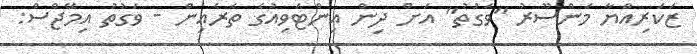
ޒަކަރިއްޔާ މަންސޫރު "ވަގުތު" އަށް ދިން އިންޓަވިއުގެ ތެރެއިން - ވަގުތު އިމޭޖްސް: